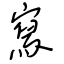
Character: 寫